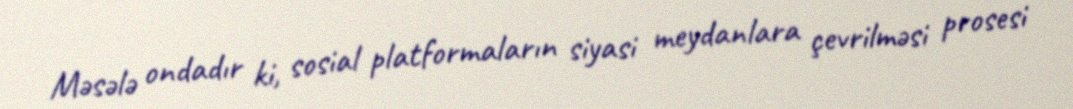
Məsələ ondadır ki, sosial platformaların siyasi meydanlara çevrilməsi prosesi